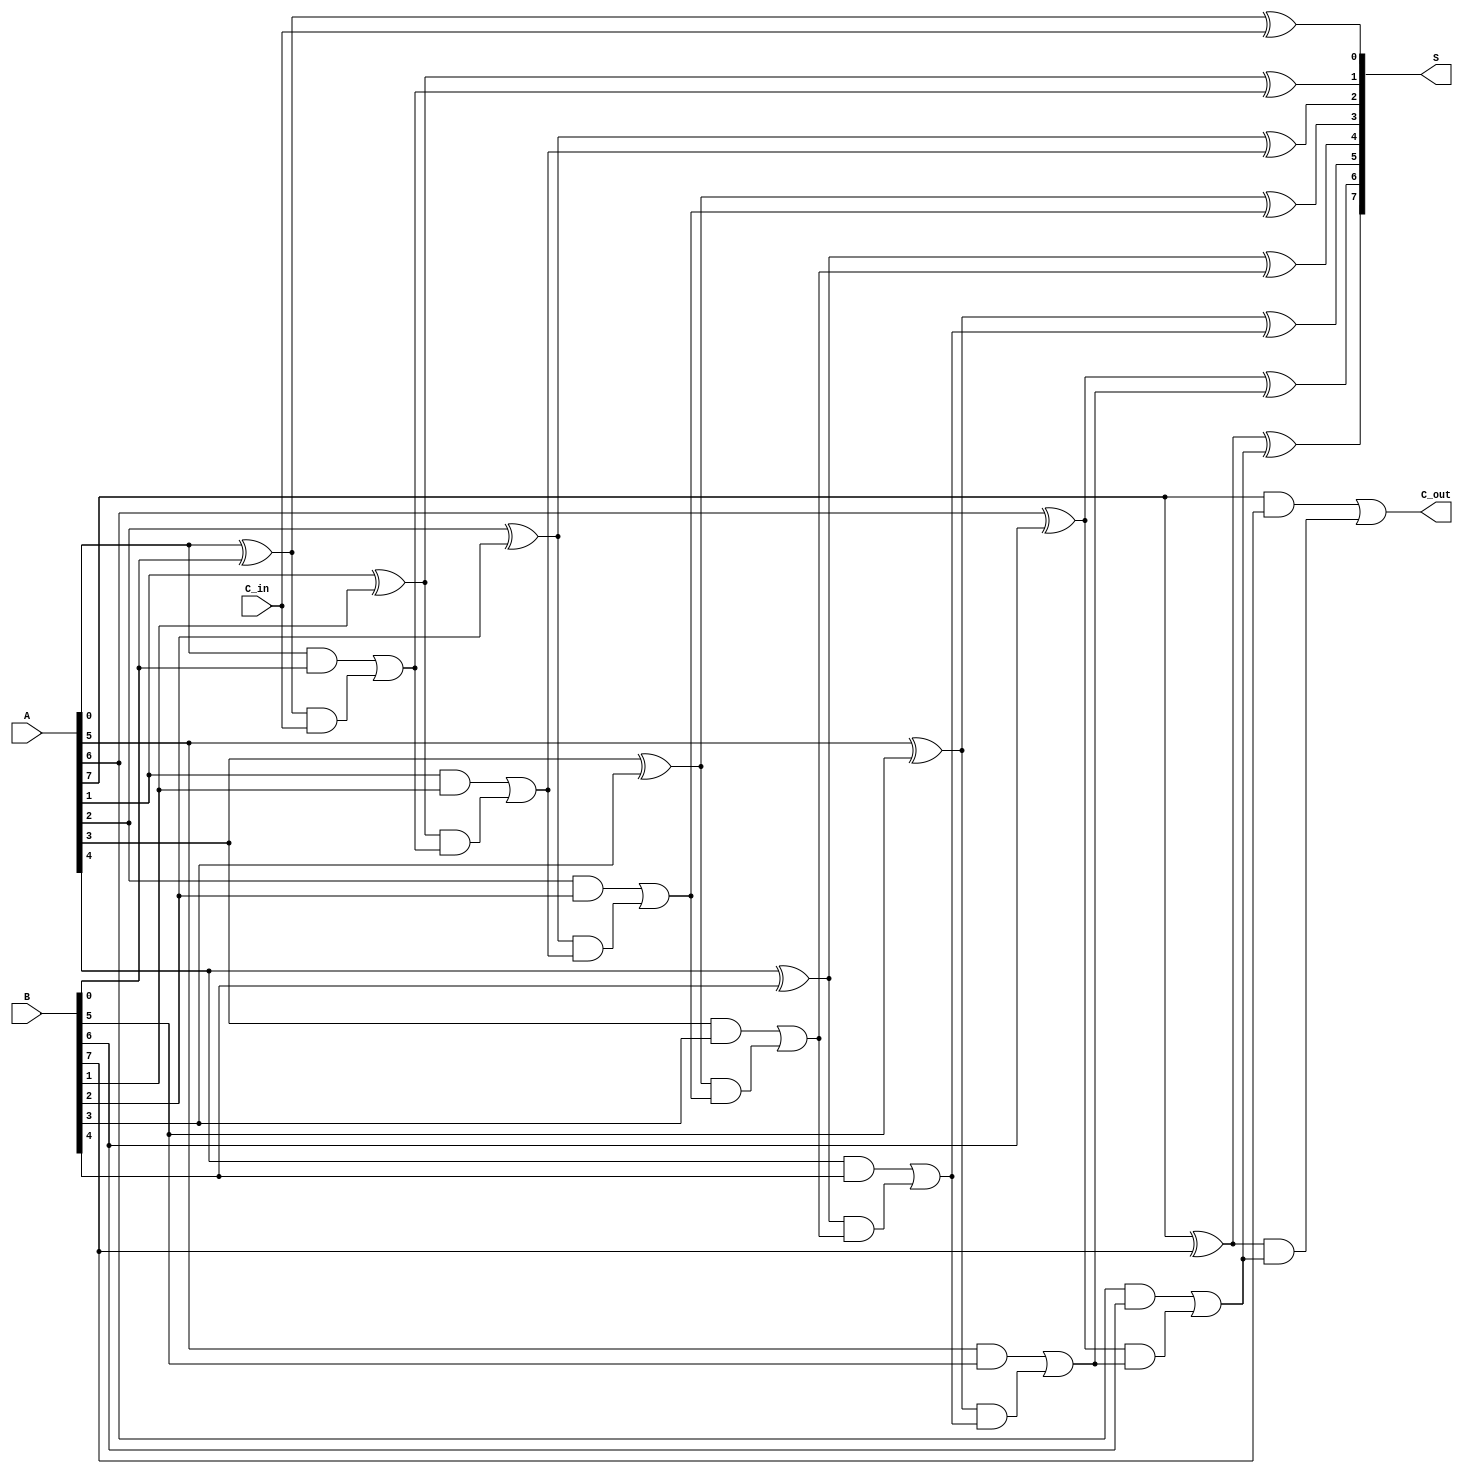
module CSPA #(
    parameter WIDTH = 8
) (
    input  [WIDTH-1:0] A,
    input  [WIDTH-1:0] B,
    input  C_in,
    output [WIDTH-1:0] S,
    output C_out
);

    // Signal declarations
    wire [WIDTH-1:0] G; // Generate signals
    wire [WIDTH-1:0] P; // Propagate signals
    wire [WIDTH:0] C;   // Carry signals (WIDTH+1 to accommodate C_out)

    // Generate and propagate calculations
    genvar i;
    generate
        for (i = 0; i < WIDTH; i = i + 1) begin : gen_prop
            assign G[i] = A[i] & B[i];  // Generate
            assign P[i] = A[i] ^ B[i];  // Propagate
        end
    endgenerate

    // Carry calculation using carry-select (simplified)
    assign C[0] = C_in; // Initial carry in
    generate
        for (i = 0; i < WIDTH; i = i + 1) begin : carry_calc
            assign C[i + 1] = G[i] | (P[i] & C[i]);
        end
    endgenerate

    // Sum calculation
    generate
        for (i = 0; i < WIDTH; i = i + 1) begin : sum_calc
            assign S[i] = A[i] ^ B[i] ^ C[i]; // Sum calculation
        end
    endgenerate

    // Final carry-out
    assign C_out = C[WIDTH];

endmodule